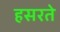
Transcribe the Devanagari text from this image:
हसरते